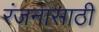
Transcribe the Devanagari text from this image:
रंजनासाठी